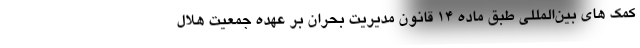
کمک های بین‌المللی طبق ماده ۱۴ قانون مدیریت بحران بر عهده جمعیت هلال